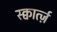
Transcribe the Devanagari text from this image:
स्क्वार्त्ज़